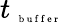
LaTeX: t_{\mathrm{~\tiny~b~u~f~f~e~r~}}